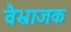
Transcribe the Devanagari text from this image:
वैभ्राजक